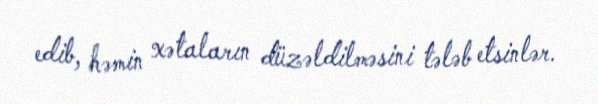
edib, həmin xətaların düzəldilməsini tələb etsinlər.